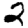
Digit: 2